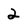
Character: 2